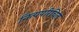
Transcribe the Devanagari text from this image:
नित्यपरिचित